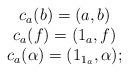
LaTeX: \begin{align*} \begin{array}{c} c_{a}(b) = (a,b) \\ c_{a}(f) = (1_{a}, f) \\ c_{a}(\alpha) = (1_{1_{a}}, \alpha); \end{array} \end{align*}